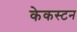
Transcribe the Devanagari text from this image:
केकस्टन